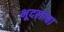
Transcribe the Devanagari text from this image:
भूदलाचा